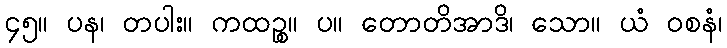
၄၅။ ပန၊ တပါး။ ကထဉ္စ။ ပ။ တောတိအာဒိ၊ သော။ ယံ ဝစနံ၊